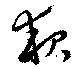
夜